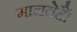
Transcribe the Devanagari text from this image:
मानतेहैं।